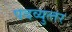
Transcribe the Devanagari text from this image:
पदव्‍युत्‍तर